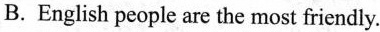
B.English people are the most friendly.